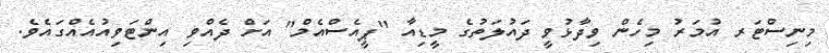
މިނިސްޓަރ އުމަރު މިހެން ވިދާޅުވީ ދައުލަތުގެ މީޑިއާ "ޕީއެސްއެމް" އަށް ދެއްވި އިންޓަވިއުއެއްގައެވެ.